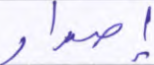
إصدار